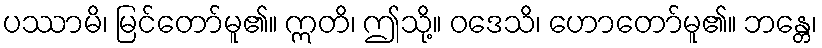
ပဿာမိ၊ မြင်တော်မူ၏။ ဣတိ၊ ဤသို့။ ဝဒေသိ၊ ဟောတော်မူ၏။ ဘန္တေ၊